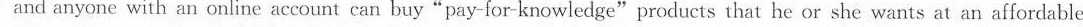
and anyone with an online account can buy"pay-for-knowledge"products that he or she wants at an affordable